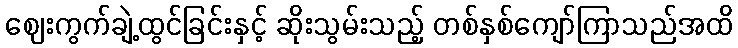
ဈေးကွက်ချဲ့ထွင်ခြင်းနှင့် ဆိုးသွမ်းသည့် တစ်နှစ်ကျော်ကြာသည်အထိ